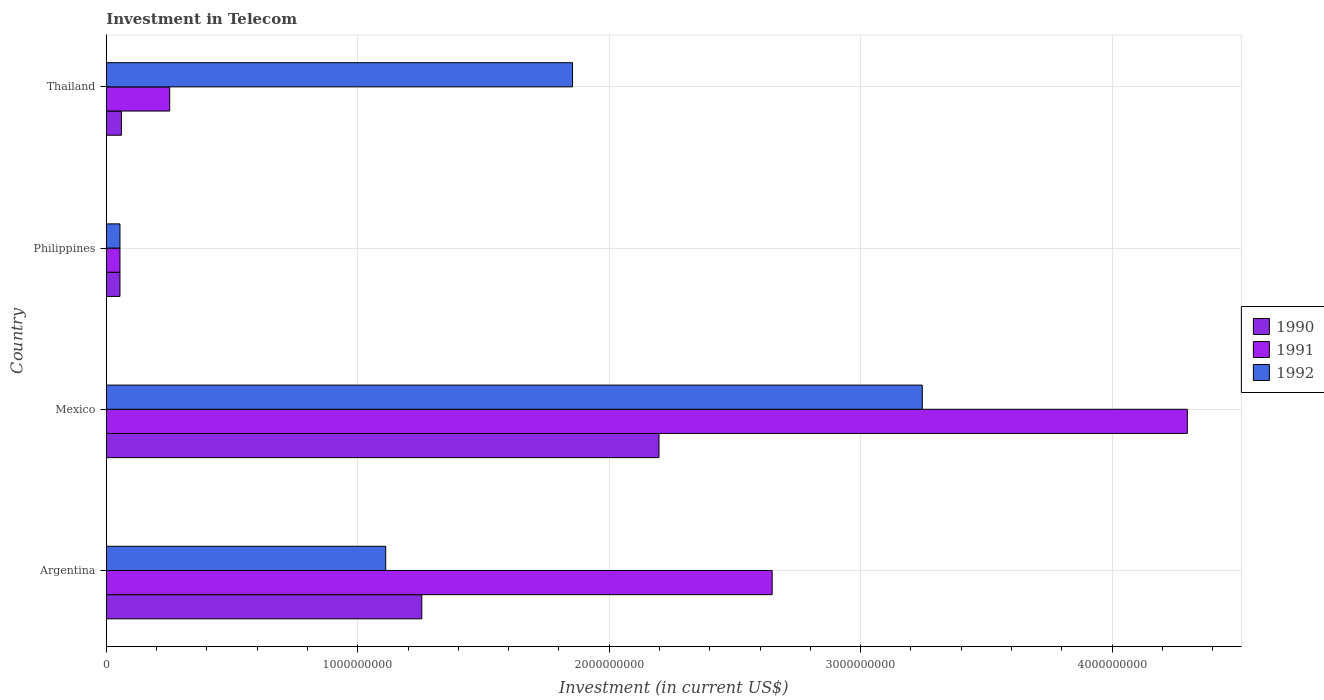
| Country | 1990 | 1991 | 1992 |
 | --- | --- | --- | --- |
 | Argentina | 1.25e+09 | 2.65e+09 | 1.11e+09 |
 | Mexico | 2.2e+09 | 4.3e+09 | 3.24e+09 |
 | Philippines | 5.42e+07 | 5.42e+07 | 5.42e+07 |
 | Thailand | 6e+07 | 2.52e+08 | 1.85e+09 |